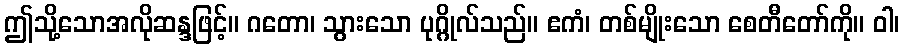
ဤသို့သောအလိုဆန္ဒဖြင့်။ ဂတော၊ သွားသော ပုဂ္ဂိုလ်သည်။ ဧကံ၊ တစ်မျိုးသော စေတီတော်ကို။ ဝါ၊